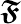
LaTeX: \boldsymbol{\mathfrak{F}}